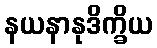
နယနာနုဒိက္ခိယ